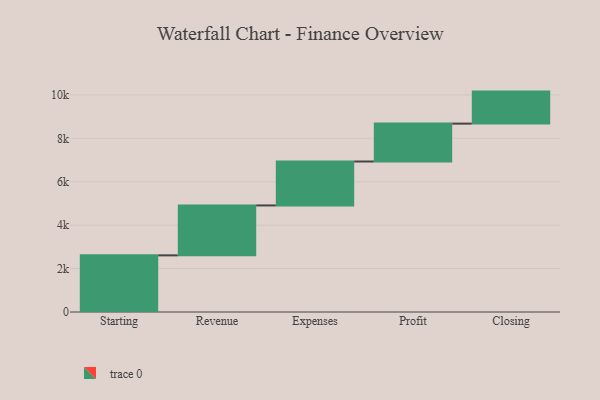
{"axis": {"x": "Step", "y": "Value"}, "legend": [""], "data": [{"x": "Starting", "y": 2609.0, "type": ""}, {"x": "Revenue", "y": 2300.0, "type": ""}, {"x": "Expenses", "y": 2024.0, "type": ""}, {"x": "Profit", "y": 1745.0, "type": ""}, {"x": "Closing", "y": 1475.0, "type": ""}]}